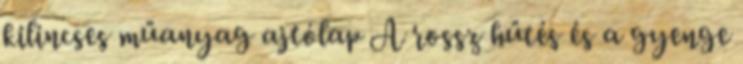
kilincses műanyag ajtólap A rossz hűtés és a gyenge